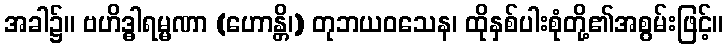
အခါ၌။ ဗဟိဒ္ဓါရမ္မဏာ (ဟောန္တိ၊) တုဘယဝသေန၊ ထိုနှစ်ပါးစုံတို့၏အစွမ်းဖြင့်။